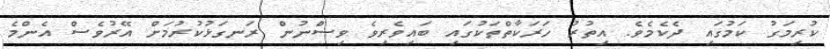
ކުރިމަގު ކަމުގައި ދެކެމެވެ. އިތުރު ހަރަކާތްތަކުގައި ބައިވެރިވެ ވިސްނުން ރަނގަޅުކުރުމަށް އޭރުވެސް އެންމެ